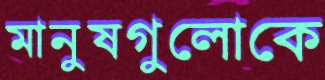
মানুষগুলোকে